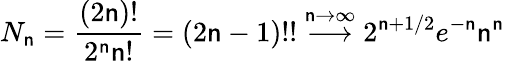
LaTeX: N_{\mathsf{n}}={\frac{{(2\mathsf{n})!}}{{2^{\mathsf{n}}\mathsf{n}!}}}=(2\mathsf{n}-1)!!\stackrel{\mathsf{n}\to\infty}{\longrightarrow}2^{\mathsf{n}+1/2}e^{-\mathsf{n}}\mathsf{n}^{\mathsf{n}}